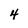
Character: 4